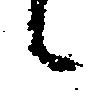
候